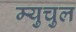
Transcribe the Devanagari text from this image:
म्युचुल